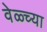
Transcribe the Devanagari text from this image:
वेळ्च्या